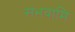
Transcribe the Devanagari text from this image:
संभवामि